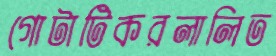
গোটাটিকরলালিত